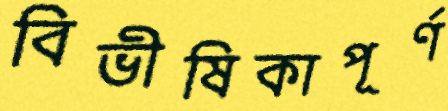
বিভীষিকাপূর্ণ